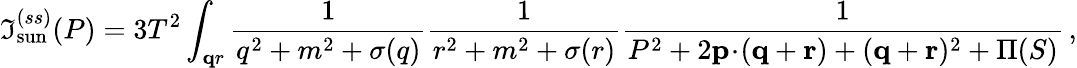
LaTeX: \Im_{\mathrm{sun}}^{(ss)}(P)=3T^{2}\int_{\mathbf qr}{\frac{1}{q^{2}+m^{2}+\sigma(q)}}{\frac{1}{r^{2}+m^{2}+\sigma(r)}}{\frac{1}{P^{2}+2{\mathbf p}\! \cdot\! ({\mathbf q}+{\mathbf r})+({\mathbf q}+{\mathbf r})^{2}+\Pi(S)}}\, ,